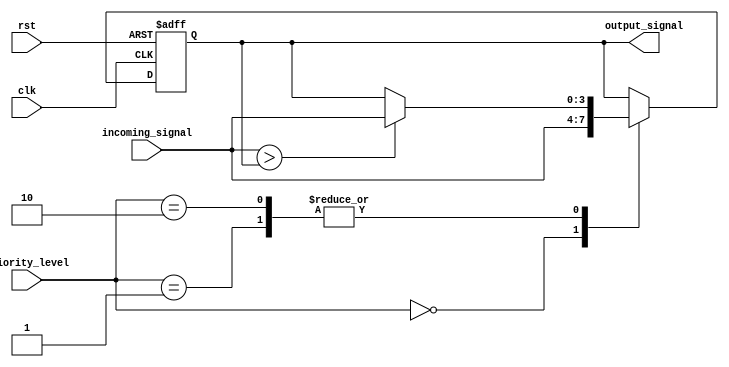
module PriorityBypassRegister (
    input wire clk,
    input wire rst,
    input wire [3:0] priority_level,
    input wire [3:0] incoming_signal,
    output reg [3:0] output_signal
);

reg [3:0] register;

always @(posedge clk or posedge rst) begin
    if (rst) begin
        register <= 4'b0000;
    end else begin
        case (priority_level)
            4'b0000: register <= incoming_signal; // Lowest priority, always pass through
            4'b0001: begin // Priority level 1 logic
                if (incoming_signal > register) begin
                    register <= incoming_signal;
                end
            end
            4'b0010: begin // Priority level 2 logic
                if (incoming_signal > register) begin
                    register <= incoming_signal;
                end
            end
            // Add more priority levels as needed
            default: register <= register; // Bypass if priority level not specified
        endcase
    end
end

assign output_signal = register;

endmodule